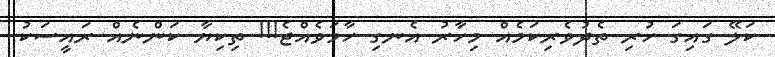
ކަލޭ ގައިގަ ހުރި ތެދުވެރިކަމެއް މިހާރު އެނގި ހާމަވެއްޖެ!!! ތިކިޔާ ކަންނެއް ރައީސަކު